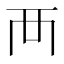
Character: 襾